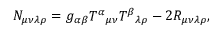
N _ { \mu \nu \lambda \rho } = g _ { \alpha \beta } { T ^ { \alpha } } _ { \mu \nu } { T ^ { \beta } } _ { \lambda \rho } - 2 R _ { \mu \nu \lambda \rho } ,